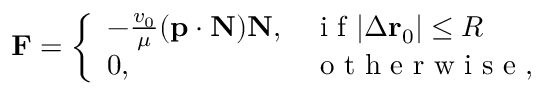
\mathbf { F } = \left\{ \begin{array} { l l } { - \frac { v _ { 0 } } { \mu } ( \mathbf { p } \cdot \mathbf { N } ) \mathbf { N } , } & { \mathrm { ~ i ~ f ~ } | \Delta \mathbf { r } _ { 0 } | \leq R } \\ { 0 , } & { \mathrm { ~ o ~ t ~ h ~ e ~ r ~ w ~ i ~ s ~ e ~ } , } \end{array} \right.